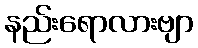
နည်းရောလားဗျာ